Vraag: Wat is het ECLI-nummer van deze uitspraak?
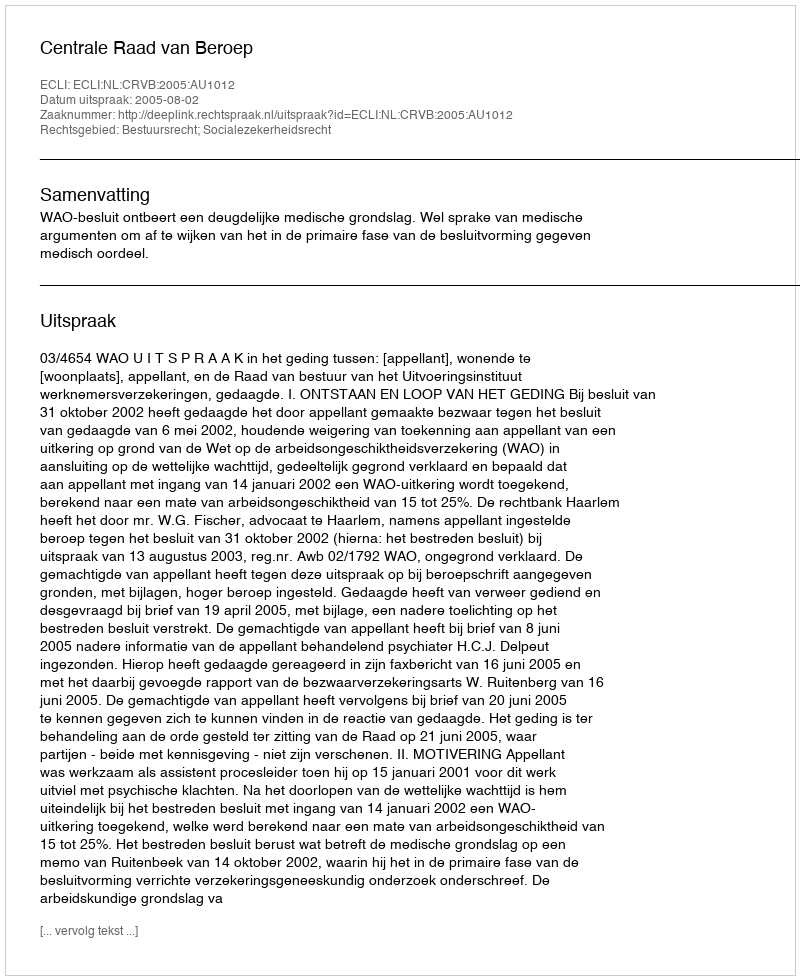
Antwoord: ECLI:NL:CRVB:2005:AU1012